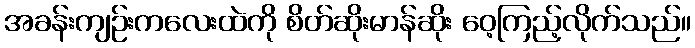
အခန်းကျဉ်းကလေးထဲကို စိတ်ဆိုးမာန်ဆိုး ဝေ့ကြည့်လိုက်သည်။